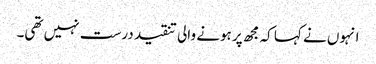
انہوں نے کہا کہ مجھ پر ہونے والی تنقید درست نہیں تھی۔